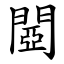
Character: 閸